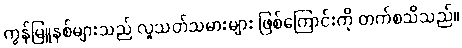
ကွန်မြူနစ်များသည် လူသတ်သမားများ ဖြစ်ကြောင်းကို တက်စသိသည်။